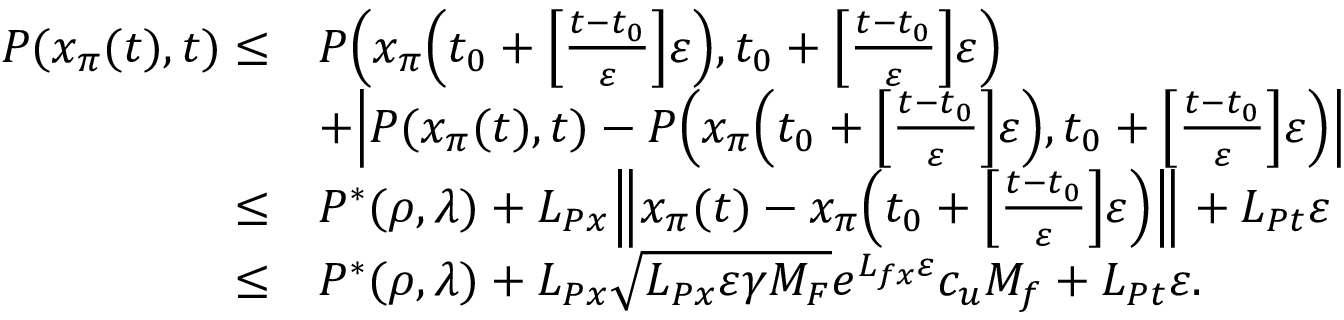
\begin{array} { r l } { P ( x _ { \pi } ( t ) , t ) \le } & { P \Big ( x _ { \pi } \Big ( t _ { 0 } + \Big [ \frac { t - t _ { 0 } } { \varepsilon } \Big ] \varepsilon \Big ) , t _ { 0 } + \Big [ \frac { t - t _ { 0 } } { \varepsilon } \Big ] \varepsilon \Big ) } \\ & { + \Big | P ( x _ { \pi } ( t ) , t ) - P \Big ( x _ { \pi } \Big ( t _ { 0 } + \Big [ \frac { t - t _ { 0 } } { \varepsilon } \Big ] \varepsilon \Big ) , t _ { 0 } + \Big [ \frac { t - t _ { 0 } } { \varepsilon } \Big ] \varepsilon \Big ) \Big | } \\ { \le } & { P ^ { * } ( \rho , \lambda ) + L _ { P x } \Big \| x _ { \pi } ( t ) - x _ { \pi } \Big ( t _ { 0 } + \Big [ \frac { t - t _ { 0 } } { \varepsilon } \Big ] \varepsilon \Big ) \Big \| + L _ { P t } \varepsilon } \\ { \le } & { P ^ { * } ( \rho , \lambda ) + L _ { P x } \sqrt { L _ { P x } \varepsilon \gamma { M _ { F } } } e ^ { L _ { f x } \varepsilon } c _ { u } M _ { f } + L _ { P t } \varepsilon . } \end{array}